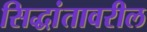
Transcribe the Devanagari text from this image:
सिद्धांतावरील